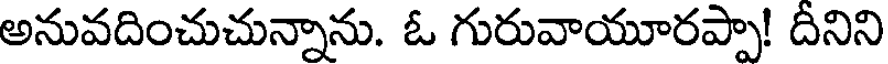
అనువదించుచున్నాను. ఓ గురువాయూరప్పా! దీనిని